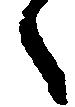
々